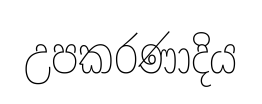
උපකරණාදිය